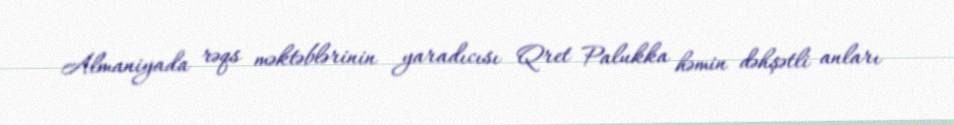
Almaniyada rəqs məktəblərinin yaradıcısı Qret Palukka həmin dəhşətli anları